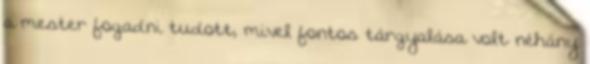
a mester fogadni tudott, mivel fontos tárgyalása volt néhány